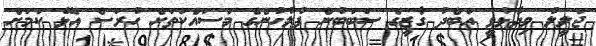
ޖަލީލު ވިދާޅުވީ އަބްދު ގާޒީގެ ސަބަބުން ފުލުހުންގެ މަސައްކަތަށް ހުރަސް އެޅޭ ކަމަށް